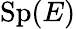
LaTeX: \operatorname{Sp}(E)